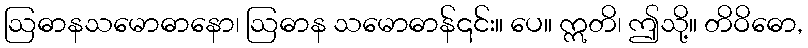
ဩဓာနသမောဓာနော၊ ဩဓာန သမောဓာန်၎င်း။ ပေ။ ဣတိ၊ ဤသို့။ တိဝိဓော,